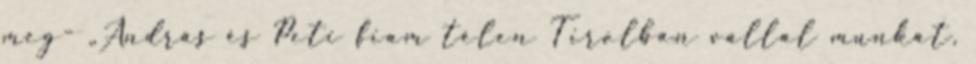
meg- „András és Peti fiam télen Tirolban vállal munkát,